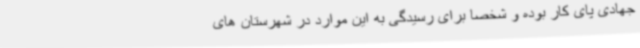
جهادی پای کار بوده و شخصا برای رسیدگی به این موارد در شهرستان های